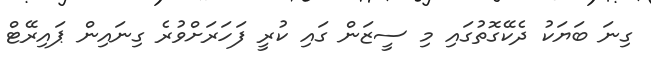
ގިނަ ބަޔަކު ދެކޭގޮތުގައި މި ސީޒަން ގައި ކުރީ ފަހަރަށްވުރެ ގިނައިން ޕައިރޭޓް